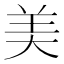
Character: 美